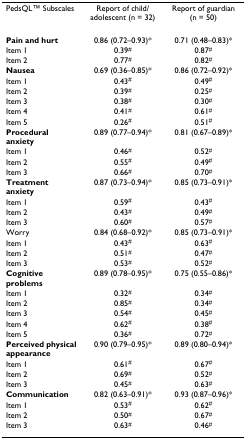
| PedsQLTM Subscales | Report of child/adolescent (n = 32) | Report of guardian (n = 50) |
 | --- | --- | --- |
 | Pain and hurt | 0.86 (0.72–0.93)* | 0.71 (0.48–0.83)* |
 | Item 1 | 0.39# | 0.87# |
 | Item 2 | 0.77# | 0.82# |
 | Nausea | 0.69 (0.36–0.85)* | 0.86 (0.72–0.92)* |
 | Item 1 | 0.43# | 0.49# |
 | Item 2 | 0.39# | 0.25# |
 | Item 3 | 0.38# | 0.30# |
 | Item 4 | 0.41# | 0.61# |
 | Item 5 | 0.26# | 0.51# |
 | Procedural anxiety | 0.89 (0.77–0.94)* | 0.81 (0.67–0.89)* |
 | Item 1 | 0.46# | 0.52# |
 | Item 2 | 0.55# | 0.49# |
 | Item 3 | 0.66# | 0.70# |
 | Treatment anxiety | 0.87 (0.73–0.94)* | 0.85 (0.73–0.91)* |
 | Item 1 | 0.59# | 0.43# |
 | Item 2 | 0.43# | 0.49# |
 | Item 3 | 0.60# | 0.57# |
 | Worry | 0.84 (0.68–0.92)* | 0.85 (0.73–0.91)* |
 | Item 1 | 0.43# | 0.63# |
 | Item 2 | 0.51# | 0.47# |
 | Item 3 | 0.53# | 0.52# |
 | Cognitive problems | 0.89 (0.78–0.95)* | 0.75 (0.55–0.86)* |
 | Item 1 | 0.32# | 0.34# |
 | Item 2 | 0.85# | 0.34# |
 | Item 3 | 0.54# | 0.45# |
 | Item 4 | 0.62# | 0.38# |
 | Item 5 | 0.36# | 0.72# |
 | Perceived physical appearance | 0.90 (0.79–0.95)* | 0.89 (0.80–0.94)* |
 | Item 1 | 0.61# | 0.67# |
 | Item 2 | 0.69# | 0.52# |
 | Item 3 | 0.45# | 0.63# |
 | Communication | 0.82 (0.63–0.91)* | 0.93 (0.87–0.96)* |
 | Item 1 | 0.53# | 0.62# |
 | Item 2 | 0.50# | 0.67# |
 | Item 3 | 0.63# | 0.46# |